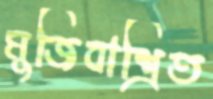
মুজিবাশ্রিত